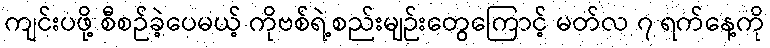
ကျင်းပဖို့ စီစဉ်ခဲ့ပေမယ့် ကိုဗစ်ရဲ့စည်းမျဉ်းတွေကြောင့် မတ်လ ၇ ရက်နေ့ကို